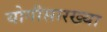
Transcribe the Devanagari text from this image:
योगीसारख्या